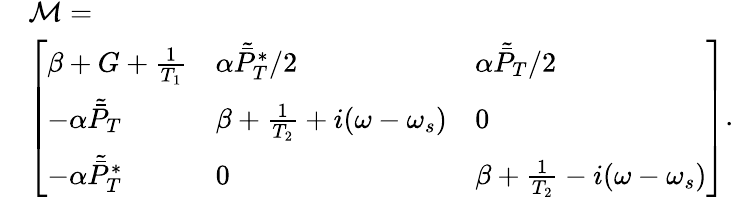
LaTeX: \begin{array}{rl}&{\mathcal M=}\\ &{\left[\begin{array}{lll}{\beta+G+\frac 1{T_{1}}}&{\alpha\tilde{\bar{P}}_{T}^{*}/2}&{\alpha\tilde{\bar{P}}_{T}/2}\\ {-\alpha\tilde{\bar{P}}_{T}}&{\beta+\frac 1{T_{2}}+i(\omega-\omega_{s})}&{0}\\ {-\alpha\tilde{\bar{P}}_{T}^{*}}&{0}&{\beta+\frac 1{T_{2}}-i(\omega-\omega_{s})}\end{array}\right].}\end{array}